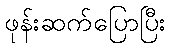
ဖုန်းဆက်ပြောပြီး